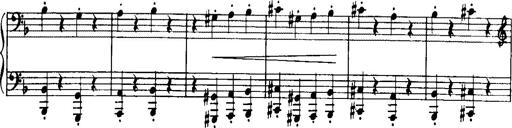
Title: Historische ungarische Bildnisse
Composer: Franz Liszt